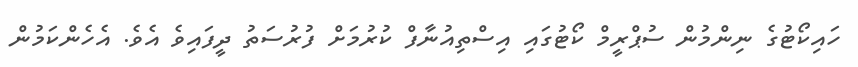
ހައިކޯޓުގެ ނިންމުން ސުޕްރީމް ކޯޓުގައި އިސްތިއުނާފް ކުރުމަށް ފުރުސަތު ދީފައިވެ އެވެ. އެހެންކަމުން